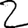
Digit: 2